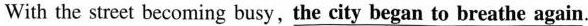
With the street becoming busy,the city began to breathe again.